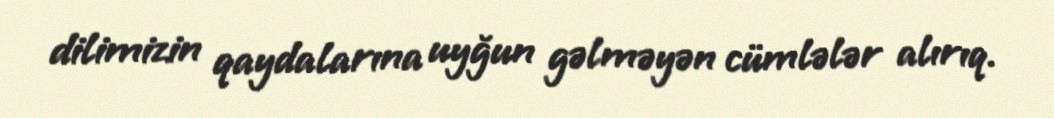
dilimizin qaydalarına uyğun gəlməyən cümlələr alırıq.